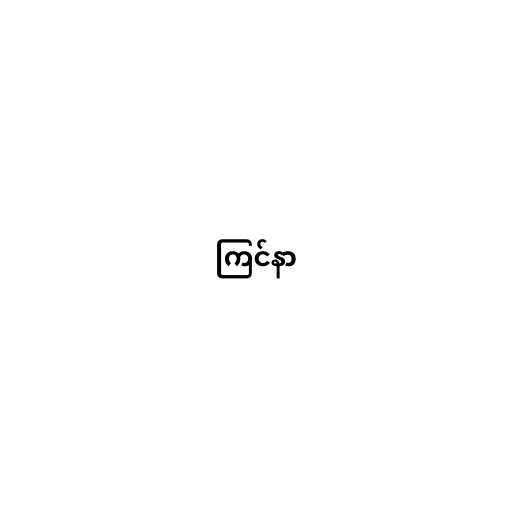
ကြင်နာ